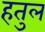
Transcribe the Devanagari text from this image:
हतुल